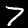
Digit: 7